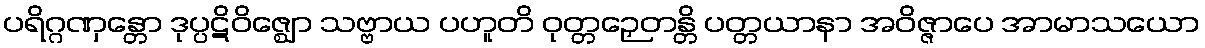
ပရိဂ္ဂဏှန္တော ဒုပ္ပဋိဝိဇ္ဈော သဗ္ဗာယ ပဟူတိ ဝုတ္တဉှေတန္တိ ပတ္တယာနာ အဝိဇ္ဇာပေ အာမာသယော